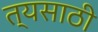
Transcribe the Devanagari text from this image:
त्यसाठी